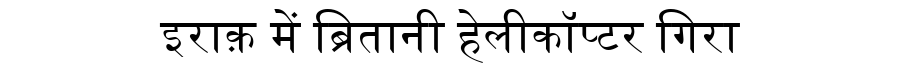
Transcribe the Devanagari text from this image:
इराक़ में ब्रितानी हेलीकॉप्टर गिरा